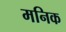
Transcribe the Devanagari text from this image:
मनिक